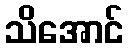
သိအောင်